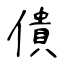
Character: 僓